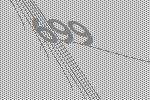
699